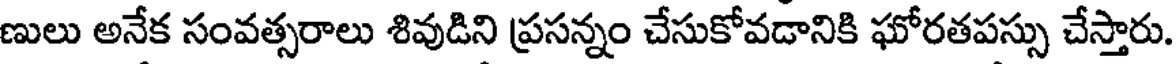
ణులు అనేక సంవత్సరాలు శివుడిని ప్రసన్నం చేసుకోవడానికి ఘోరతపస్సు చేస్తారు.